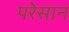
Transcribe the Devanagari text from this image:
परेसान